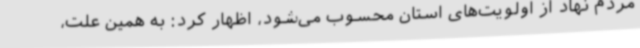
مردم نهاد از اولویت‌های استان محسوب می‌شود، اظهار کرد: به همین علت،